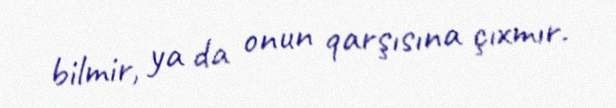
bilmir, ya da onun qarşısına çıxmır.